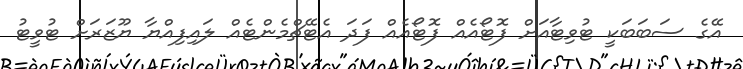
އޭގެ ސަބަބަކީ ޓުވިޓާއަށް ފޮޓޯއެއް ފޮޓޯއެއް ފަދަ އެޓޭޗްމެންޓެއް ލައިފިއްޔާ ޔޫޒަރަށް ޓުވީޓު